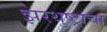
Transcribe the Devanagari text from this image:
झरथुष्ट्राचा